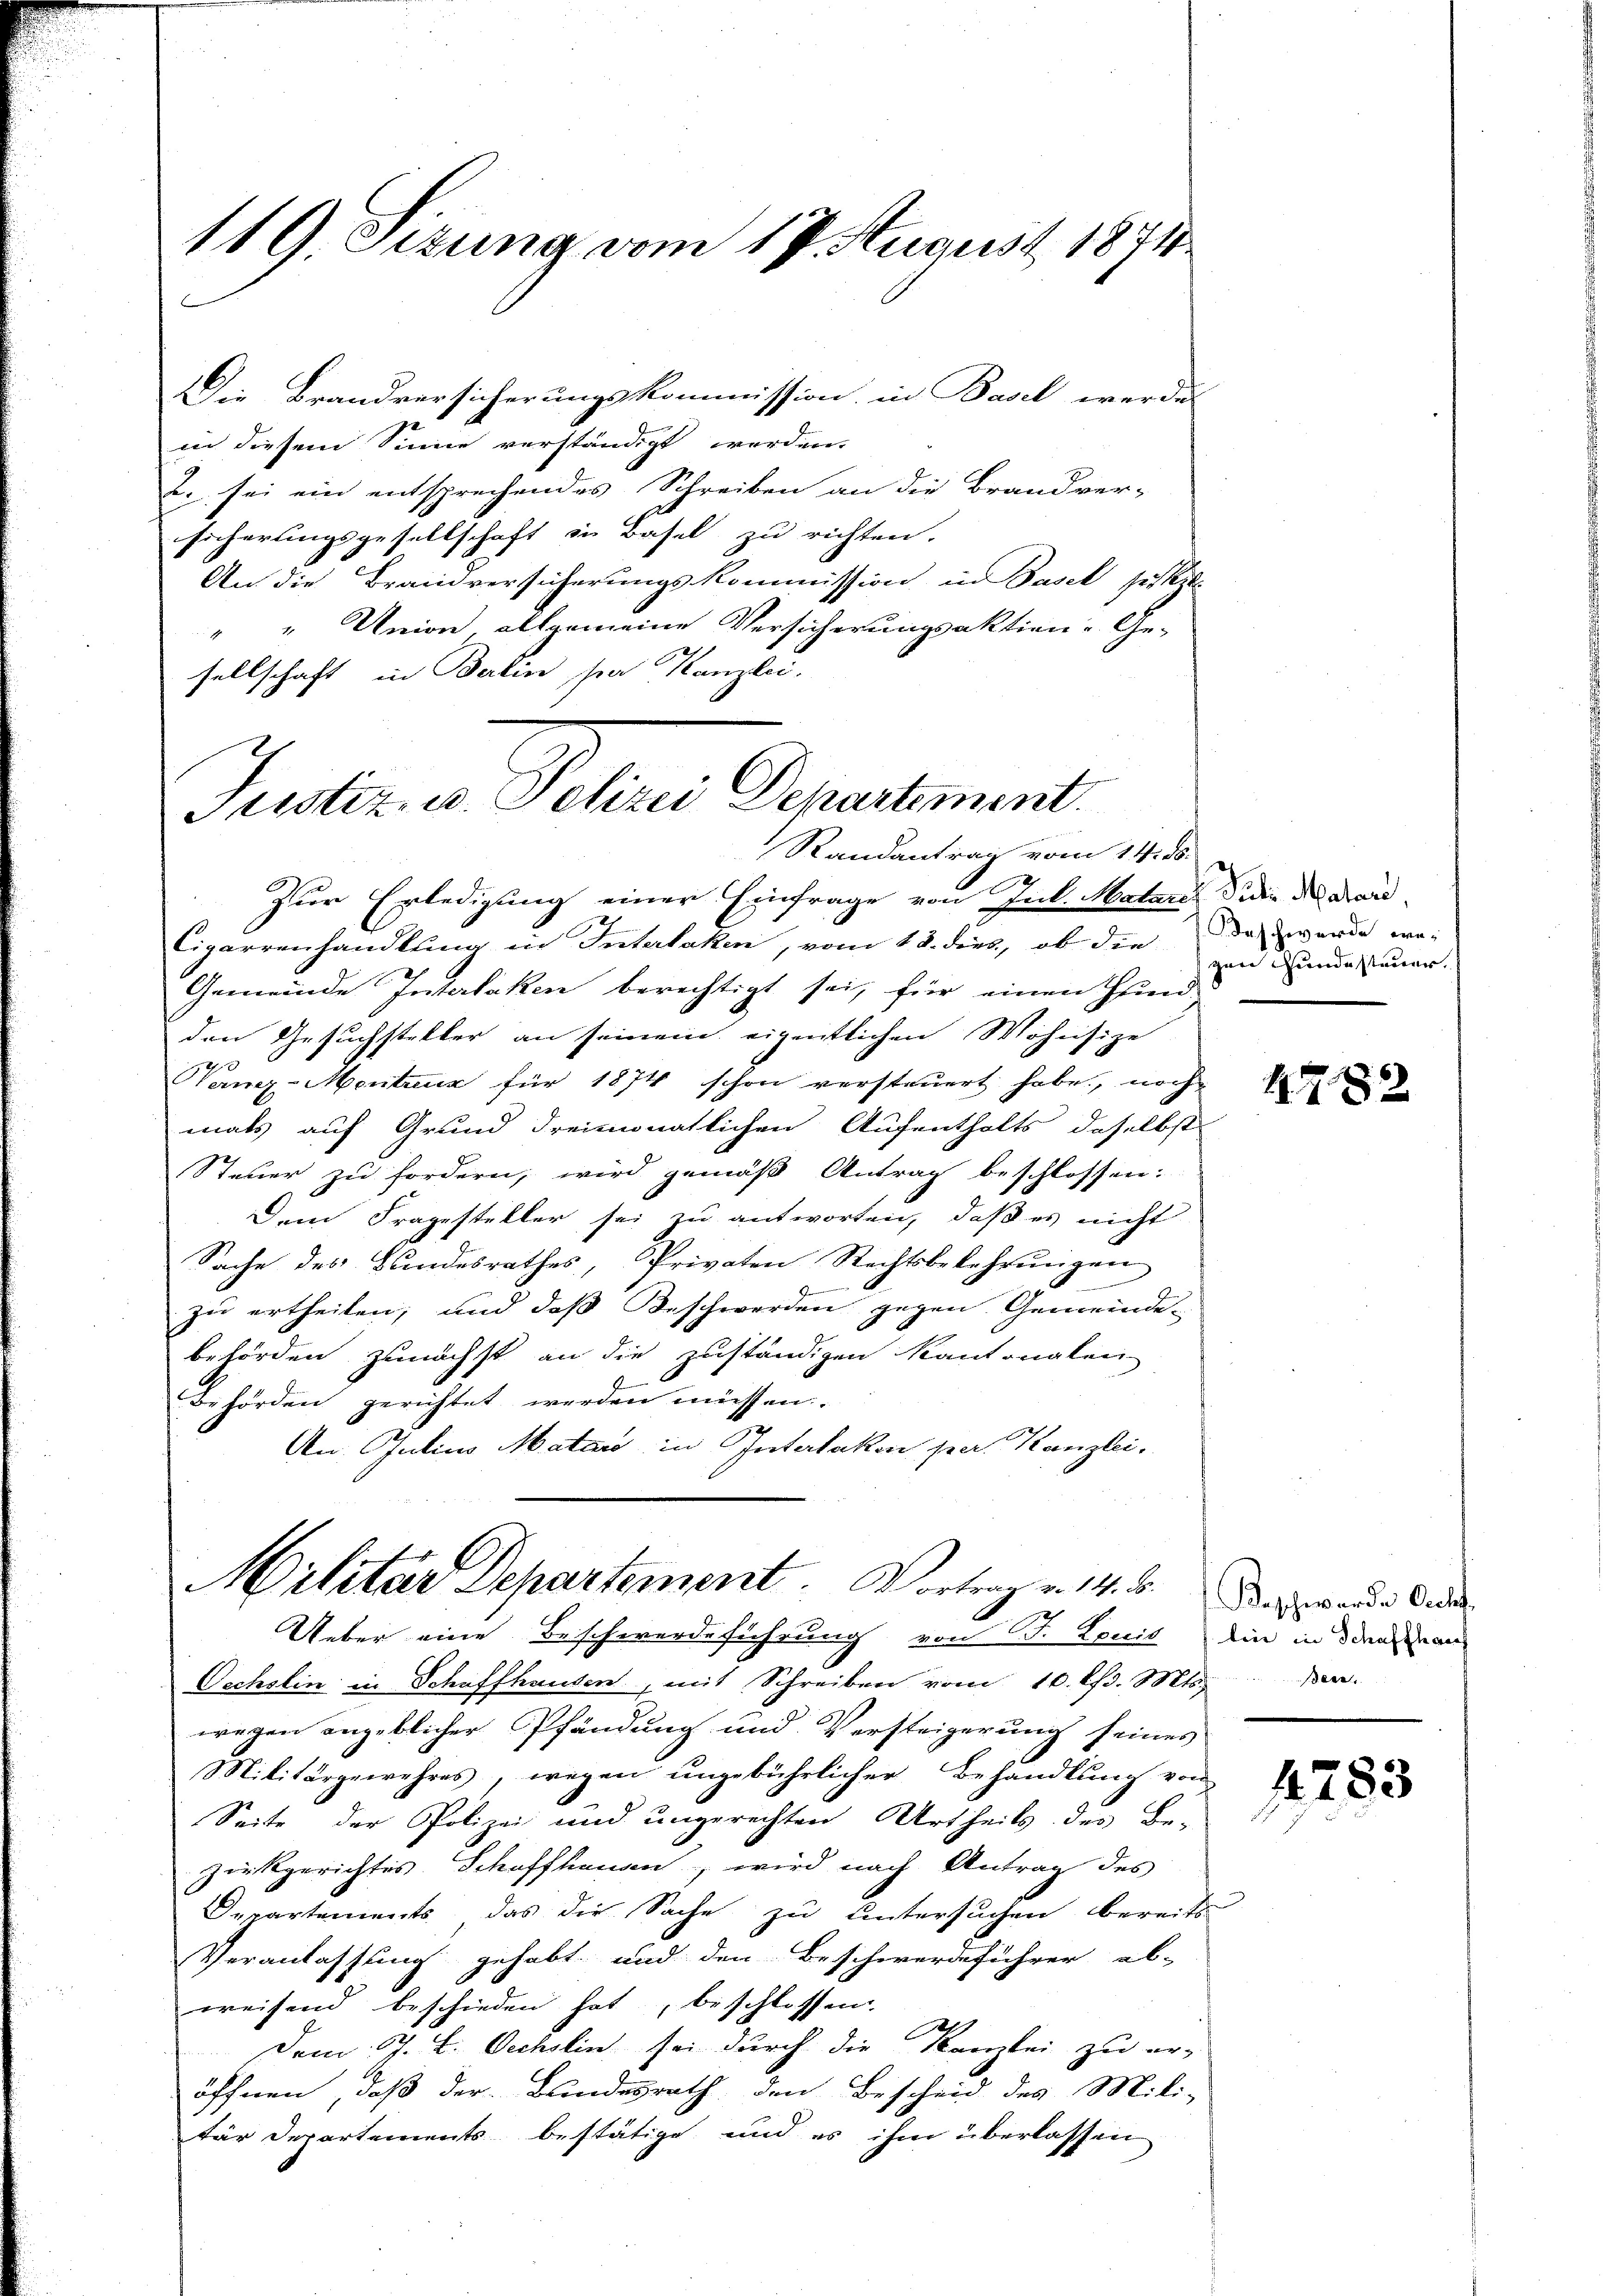
119. Sizung vom 17. August 1871

Die Brandversicherungskommission, in Basel werdes
in diesem Sinne verständigt werden.
u. sei ein entsprechendes Schreiben an die Brandver-
sicherlingsgesellschaft in Basel zu richten.
An die Brandversicherungskommission in Basel setzt
" " Union allgemeine Versicherungsaktien-Ge-
sellschaft in Berlin se Kanzlei.
Randantrag vom 14. ds.
Zur Erledigung einer Einfrage von Ink. Matares idee der Dau¬
Cigarrenhandlung in Interlaken, vom 12. dies, ob die das werde we-
Gemeinde Interlaken berechtigt sei, für einen Hind
den Gesuchsteller an seinem eigentlichen Wohnsize
Tanz-Mentreuz für 1874 schon versteuert habe, noch
mals auf Grund dreimonatlichen Aufenthalts daselbst
Steuer zu fordern, wird gemäß Antrag beschlossen:
Dem Fragesteller sei zu antworten, daß es nicht
Sache des Bundesrathes, Privaten Rechtsbekehrungen
zu ertheilen, und daß Beschwerden gegen Gemeinde¬
G
behörden zunächst an die zuständigen Kantonalen
f
Behörden gerichtet werden müssen.
An. Julius Matar in Interlaken per. Kanzlei.

Justiz, u. Petere Departement.

Militar Departement. Vortrag v. 14. d. d. ander die
Ueber eine Beschwerdeführung von J. Louis die in dienen

Oechslin in Schaffhausen, mit Schreiben vom 10. d. Mts.
wegen angeblicher Pfändung und Versteigerung seines
Militärgewehres, wegen ungebührlicher Behandlung von
Seite der Polizei und ungerechten Urtheils des Be-
Zirkgerichtes Schaffhauen, wird nach Antrag des
Departements das die Sache zu untersuchen bereits
Veranlassung gehabt und den Beschwerdeführer ab-
weisend beschieden hat, beschlossen
2.
Dem J. K. Oechslin sei durch die Kanzlei zu er-
öffnen, daß der Bundesrath, den Bescheid des Mili-
tür Departements bestätige und es ihm überlassen

gen Hundesteuer.

4782

der.

1783